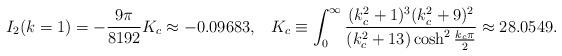
LaTeX: \begin{align*}I_2(k=1)=-\frac{9\pi}{8192}K_c\approx -0.09683, \;\;\; K_c\equiv \int^{\infty}_0\frac{(k^2_c+1)^3(k^2_c+9)^2}{(k^2_c+13)\cosh^2\frac{k_c\pi}{2}}\approx 28.0549.\end{align*}